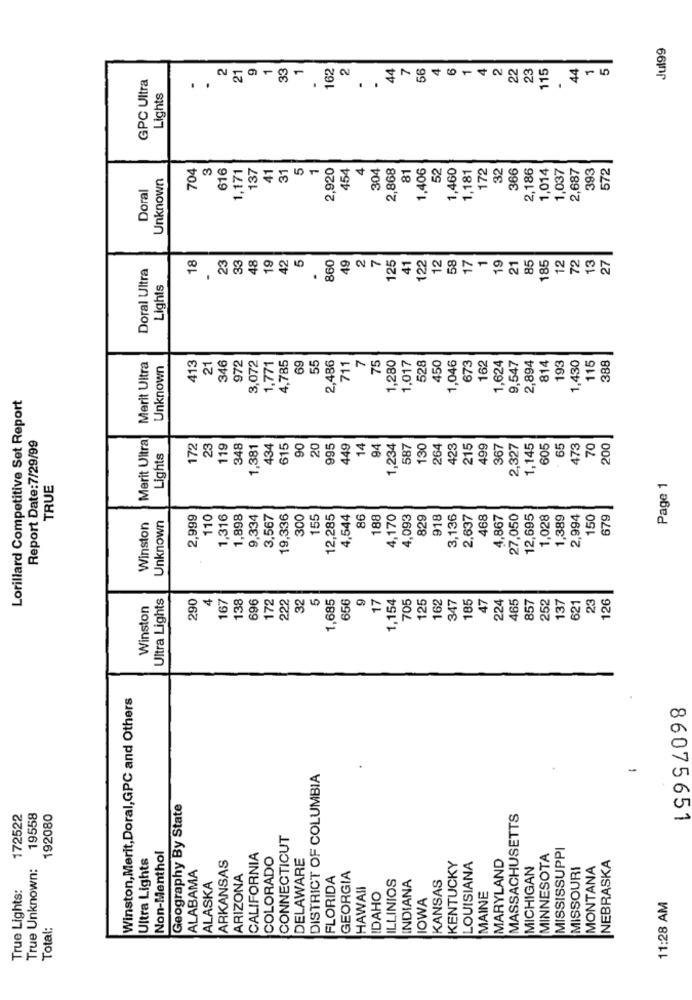
Jul99
2
9
1
33
1
162
2
44
7
4
6
1
4
2.
22
23
115
44
1
5
GPC Ultra
21
56
Lights
.
704
3
616
137
41
31
5
1
2,920
454
4
304
2,868
81
1,406
52
1,460
172
32
2,186
1,014
1,037
2,687
393
572
Unknown
1,171
1,181
366
Doral
18
23
33
48
19
42
5
49
2
7
125
41
12
58
17
1
19
85
12
72
13
Doral Ultra
860
122
21
185
27
Lights
4,785
69
55
2,486
7
75
1,280
450
1,624
814
193
1,430
115
388
Merit Ultra
Unknown
413
21
346
972
3,072
1,771
11
1,017
528
1,046
673
162
9,547
2,894
Lorillard Competitive Set Report
Merit Ultra
Report Date:7/29/99
172
23
119
348
1,381
434
615
90
20
995
449
14
94
1,234
587
130
264
423
215
499
367
2,327
1,145
605
65
173
70
200
Lights
TRUE
Page 1
2,999
110
1,316
1,898
9,334
3,567
19,336
300
55
12,285
4,544
86
188
4,170
4,093
829
918
3,136
2,637
468
4,867
27,050
12,695
1,028
1,389
2,994
150
679
Winston
Unknown
Ultra Lights
290
4
596
172
222
32
5
1,685
556
17
1,154
125
162
185
47
224
465
23
126
Winston
167
38
705
347
357
252
137
621
Winston,Merit,Doral,GPC and Others
DISTRICT OF COLUMBIA
-
Geography By State
172522
19558
192080
MASSACHUSETTS
86075651
CONNECTICUT
MISSISSUPPI
Ultra Lights
Non-Menthol
CALIFORNIA
COLORADO
DELAWARE
MARYLAND
MINNESOTA
NEBRASKA
True Unknown:
ARKANSAS
KENTUCKY
LOUISIANA
MICHIGAN
MISSOURI
MONTANA
ALABAMA
ARIZONA
FLORIDA
GEORGIA
ILLINIOS
KANSAS
True Lights:
ALASKA
HAWAII
INDIANA
IDAHO
IOWA
MAINE
11:28 AM
Total: